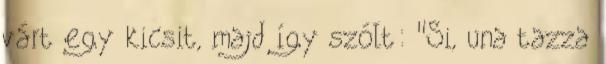
várt egy kicsit, majd így szólt: "Si, una tazza